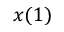
x ( 1 )